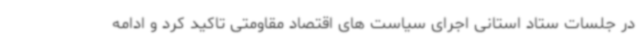
در جلسات ستاد استانی اجرای سیاست های اقتصاد مقاومتی تاکید کرد و ادامه